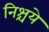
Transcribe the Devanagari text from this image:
निश्चये